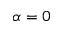
\alpha = 0